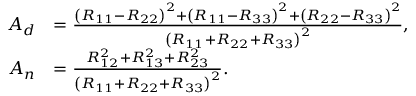
\begin{array} { r l } { A _ { d } } & { = \frac { \left( R _ { 1 1 } - R _ { 2 2 } \right) ^ { 2 } + \left( R _ { 1 1 } - R _ { 3 3 } \right) ^ { 2 } + \left( R _ { 2 2 } - R _ { 3 3 } \right) ^ { 2 } } { \left( R _ { 1 1 } + R _ { 2 2 } + R _ { 3 3 } \right) ^ { 2 } } , } \\ { A _ { n } } & { = \frac { R _ { 1 2 } ^ { 2 } + R _ { 1 3 } ^ { 2 } + R _ { 2 3 } ^ { 2 } } { \left( R _ { 1 1 } + R _ { 2 2 } + R _ { 3 3 } \right) ^ { 2 } } . } \end{array}